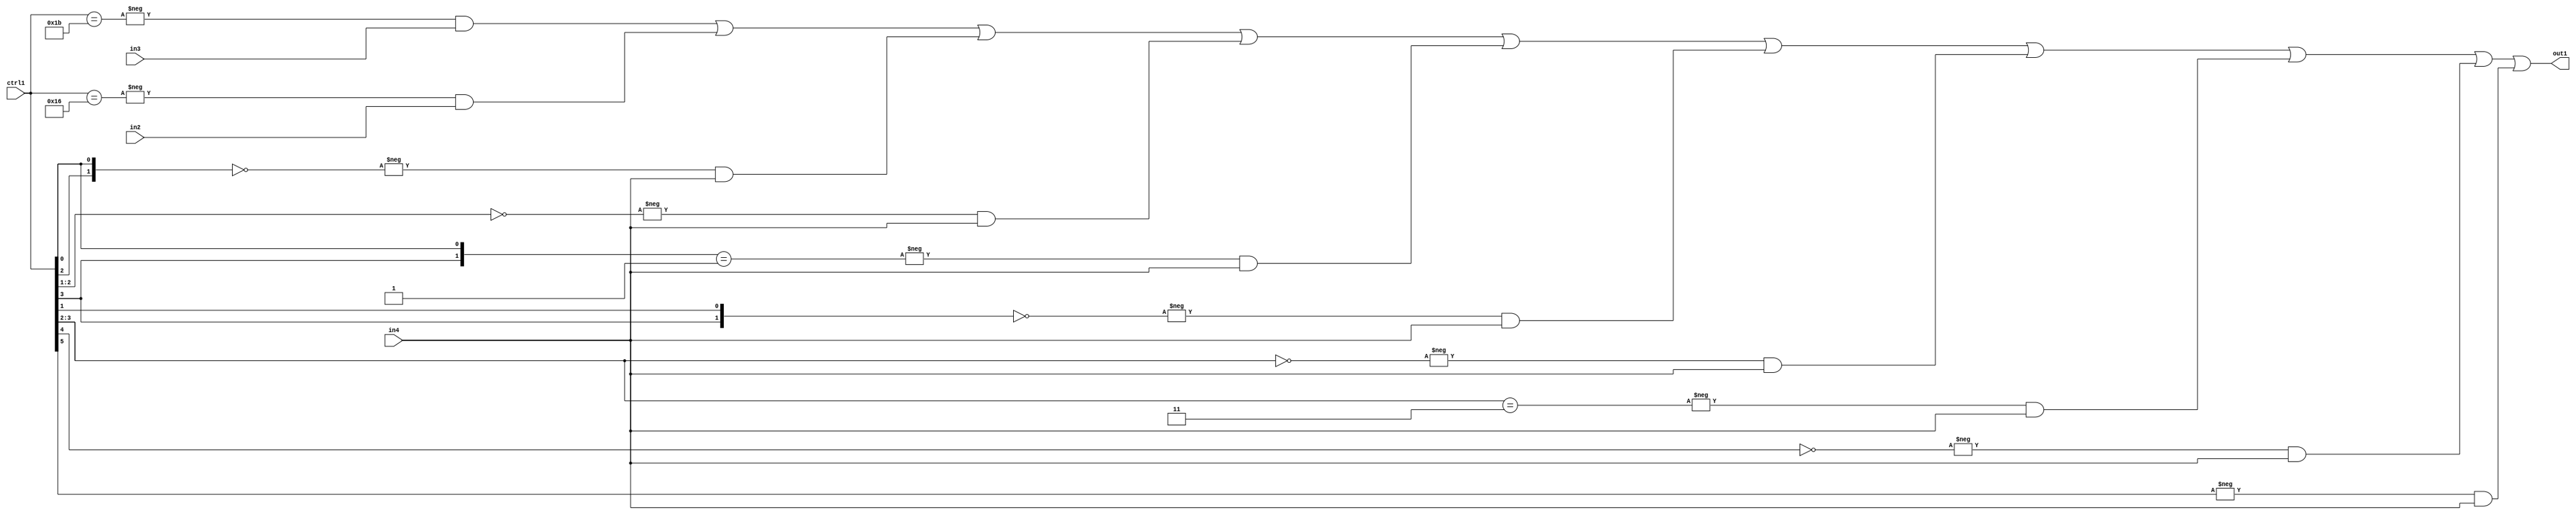
`timescale 1ps / 1ps
/*****************************************************************************
    Verilog RTL Description
    
    
    Created by: Stratus DpOpt 21.05.01 
*******************************************************************************/

module SobelFilter_N_Mux_32_3_107_4 (
	in4,
	in3,
	in2,
	ctrl1,
	out1
	); /* architecture "behavioural" */ 
input [31:0] in4;
input [8:0] in3,
	in2;
input [5:0] ctrl1;
output [31:0] out1;
wire [31:0] asc001;

assign asc001 = 
	-{ctrl1 == 6'B011011} & in3 |
	-{ctrl1 == 6'B010110} & in2 |
	-{{ctrl1[2], ctrl1[0]} == 2'B00} & in4 |
	-{ctrl1[2:1] == 2'B00} & in4 |
	-{{ctrl1[3], ctrl1[0]} == 2'B01} & in4 |
	-{{ctrl1[3], ctrl1[1]} == 2'B00} & in4 |
	-{ctrl1[3:2] == 2'B00} & in4 |
	-{ctrl1[3:2] == 2'B11} & in4 |
	-{ctrl1[4] == 1'B0} & in4 |
	-{ctrl1[5] == 1'B1} & in4 ;

assign out1 = asc001;
endmodule

/* CADENCE  vrf5SgA= : u9/ySxbfrwZIxEzHVQQV8Q== ** DO NOT EDIT THIS LINE ******/